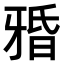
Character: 𤘏